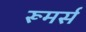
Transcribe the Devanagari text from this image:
रूमर्स